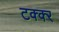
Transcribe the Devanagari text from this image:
टक्क्‍र